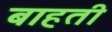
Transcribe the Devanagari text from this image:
बाहती